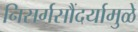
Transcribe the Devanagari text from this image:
निसर्गसौंदर्यामुळे